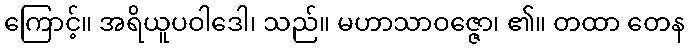
ကြောင့်။ အရိယူပဝါဒေါ၊ သည်။ မဟာသာဝဇ္ဇော၊ ၏။ တထာ တေန